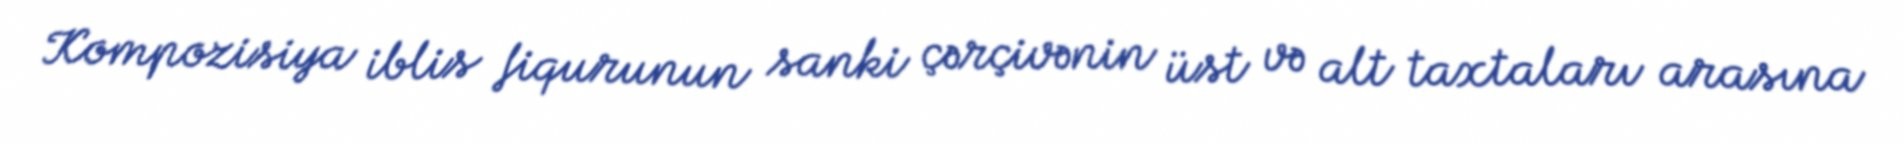
Kompozisiya iblis fiqurunun sanki çərçivənin üst və alt taxtaları arasına